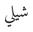
شيلي